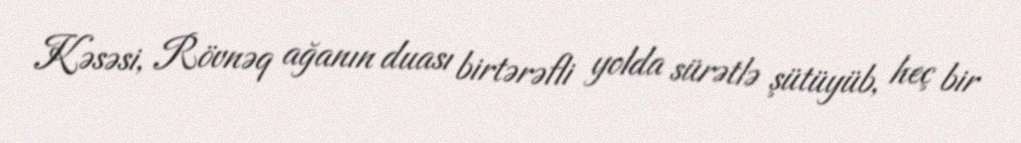
Kəsəsi, Rövnəq ağanın duası birtərəfli yolda sürətlə şütüyüb, heç bir